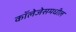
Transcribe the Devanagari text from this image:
कॉलेजेसमधील